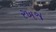
રખજ